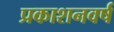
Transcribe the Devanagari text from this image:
प्रकाशनवर्ष